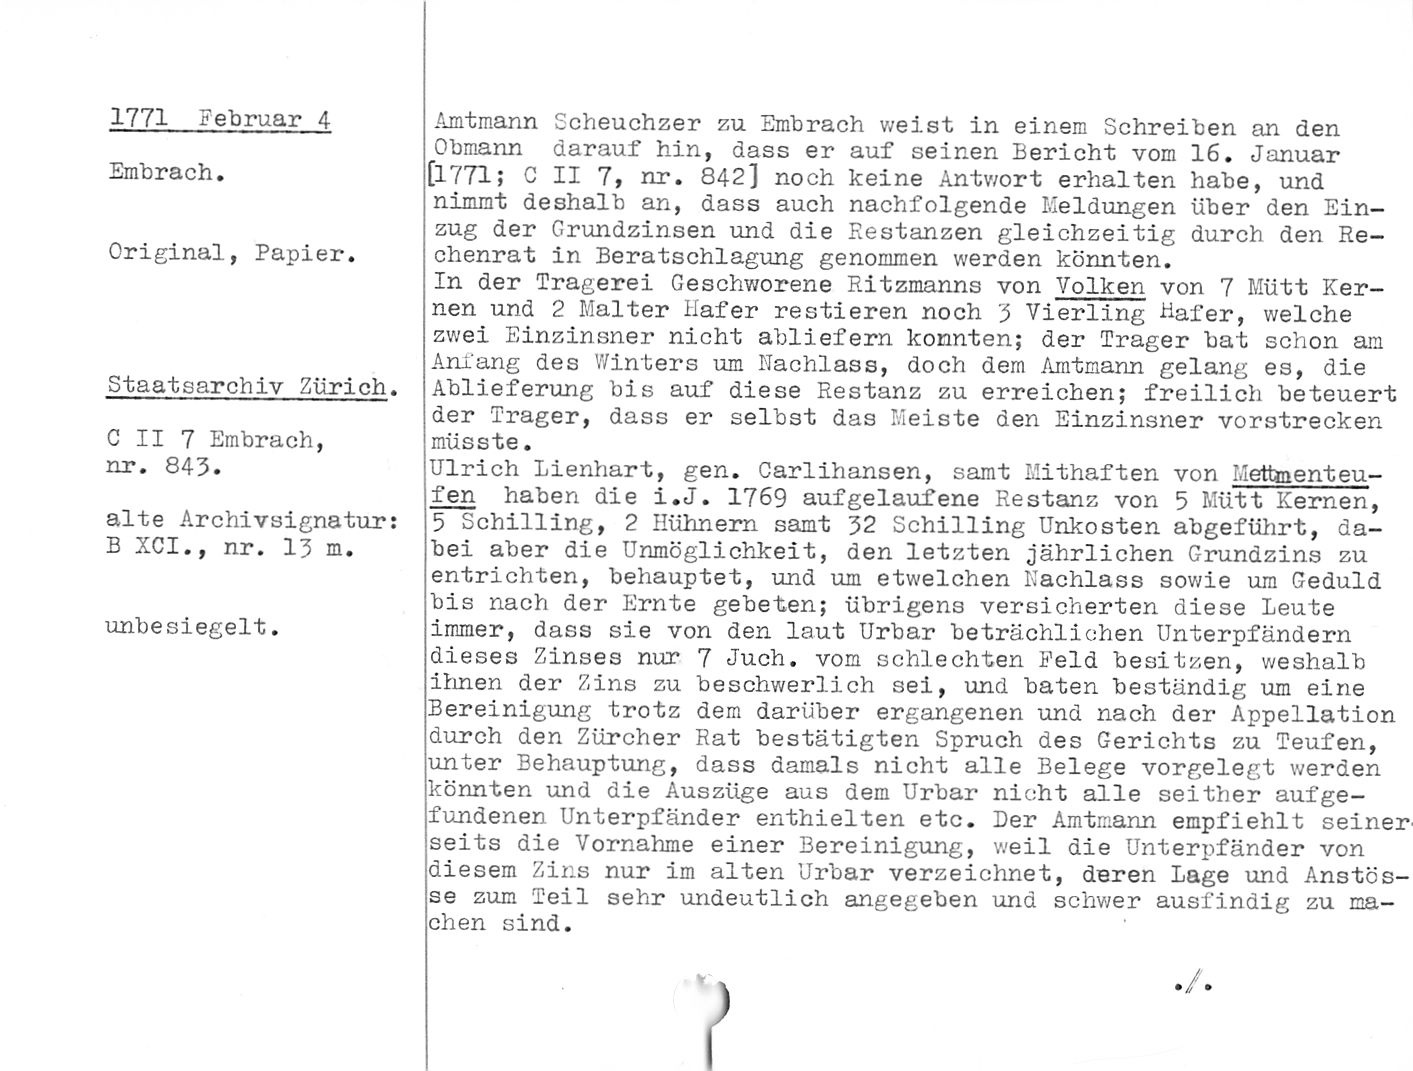
1771 Februar 4

Embrach.

Original, Papier.

Staatsarchiv Zürich.

C II 7 Embrach,
nr. 843.

alte Archivsignatur:
B XCI., nr. 13 m.

unbesiegelt.

Amtmann Scheuchzer zu Embrach weist in einem Schreiben an den
Obmann darauf hin, dass er auf seinen Bericht vom 16. Januar
[1771; C II 7, nr. 842] noch keine Antwort erhalten habe, und
nimmt deshalb an, dass auch nachfolgende Meldungen über den Ein¬
zug der Grundzinsen und die Eestanzen gleichzeitig durch den Re¬
chenrat in Beratschlagung genommen werden könnten.

In der Tragerei Geschworene Ritzmanns von Volken von 7 Mütt Ker¬
nen und 2 Malter Hafer Testieren noch 3 Vierling Hafer, welche
zwei Einzinsner nicht abliefern konnten; der Träger bat schon am
Anfang des Winters um Nachlass, doch dem Amtmann gelang es, die
Ablieferung bis auf diese Restanz zu erreichen; freilich beteuert
der Träger, dass er selbst das Meiste den Einzinsner vorstrecken
müsste.

Ulrich Lienhart, gen. Carlihansen, samt Mithaften von Mettment eu-
fen haben die i.J. 1769 aufgelaufene Restanz von 5 Mütt Kernen,

5 Schilling, 2 Hühnern samt 32 Schilling Unkosten abgeführt, da¬
bei aber die Unmöglichkeit, den letzten jährlichen Grundzins zu
entrichten, behauptet, und um etwelohen Nachlass sowie um Geduld
bis nach der Ernte gebeten; übrigens versicherten diese Leute
immer, dass sie von den laut Urbar beträchlichen Unterpfändern
dieses Zinses nur 7 Juch, vom schlechten Feld besitzen, weshalb
ihnen der Zins zu beschwerlich sei, und baten beständig um eine
Bereinigung trotz dem darüber ergangenen und nach der Appellation
durch den Zürcher Rat bestätigten Spruch des Gerichts zu Teufen,
unter Behauptung, dass damals nicht alle Belege vorgelegt werden
könnten und die Auszüge aus dem Urbar nicht alle seither aufge¬
fundenen Unterpfänder enthielten etc. Der Amtmann empfiehlt seiner
seits die Vornahme einer Bereinigung, weil die Unterpfänder von
diesem Zins nur im alten Urbar verzeichnet, deren Lage und Anstös-
se zum Teil sehr undeutlich angegeben und schwer ausfindig zu ma¬
chen sind.